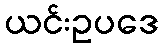
ယင်းဥပဒေ